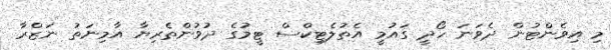
މި އިވެންޓުން ދެވަނަ ހޯދީ ގައުމީ އެތުލެޓިކްސް ޓީމުގެ ދުވުންތެރިޔާ އާމިނަތު ނަޒްރާ